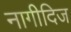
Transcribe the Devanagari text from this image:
नागीदिज